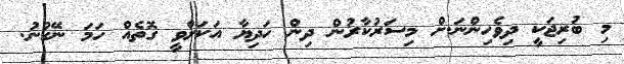
މި ބުރިޖަކީ ދިވެހިންނަ.ށް މިސަރުކާރުން ދިން ހަދިޔާ އަކަށްވީ ގޮތެއް ހަމަ ނޭގުނު.